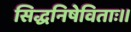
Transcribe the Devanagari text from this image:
सिद्धनिषेविताः॥